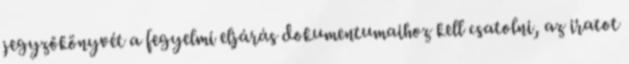
jegyzőkönyvét a fegyelmi eljárás dokumentumaihoz kell csatolni, az iratot